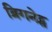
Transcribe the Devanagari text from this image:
ब्रिगनेट्स